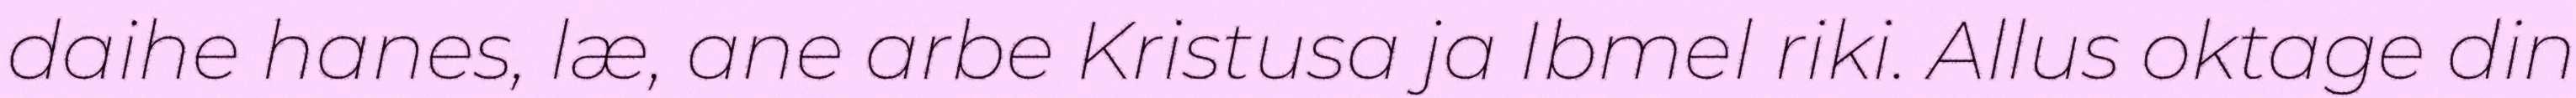
daihe hanes, læ, ane arbe Kristusa ja Ibmel riki. Allus oktage din